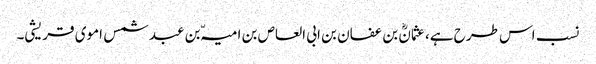
نسب اس طرح ہے، عثمانؓ بن عفان بن ابی العاص بن امیہّ بن عبد شمس اموی قریشی۔